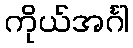
ကိုယ်အင်္ဂါ